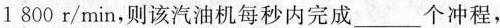
1 800r/min，则该汽油机每秒内完成___个冲程，